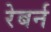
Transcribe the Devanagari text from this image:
रेबर्न